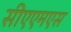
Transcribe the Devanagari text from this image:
सीएएमएस